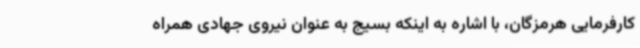
کارفرمایی هرمزگان، با اشاره به اینکه بسیج به عنوان نیروی جهادی همراه